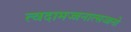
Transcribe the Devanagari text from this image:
त्वदामज्जनात्सज्जनो